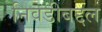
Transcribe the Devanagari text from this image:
निवडीबद्दल